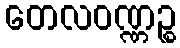
တေလဝဏ္ဏဉ္စ